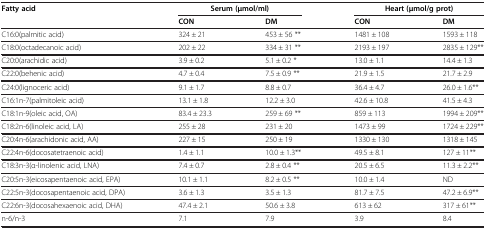
<table><thead><tr><td rowspan="2"><b>Fatty acid</b></td><td colspan="2"><b>Serum (μmol/ml)</b></td><td colspan="2"><b>Heart (μmol/g prot)</b></td></tr><tr><td><b>CON</b></td><td><b>DM</b></td><td><b>CON</b></td><td><b>DM</b></td></tr></thead><tbody><tr><td>C16:0(palmitic acid)</td><td>324 ± 21</td><td>453 ± 56 **</td><td>1481 ± 108</td><td>1593 ± 118</td></tr><tr><td>C18:0(octadecanoic acid)</td><td>202 ± 22</td><td>334 ± 31 **</td><td>2193 ± 197</td><td>2835 ± 129**</td></tr><tr><td>C20:0(arachidic acid)</td><td>3.9 ± 0.2</td><td>5.1 ± 0.2 *</td><td>13.0 ± 1.1</td><td>14.4 ± 1.3</td></tr><tr><td>C22:0(behenic acid)</td><td>4.7 ± 0.4</td><td>7.5 ± 0.9 **</td><td>21.9 ± 1.5</td><td>21.7 ± 2.9</td></tr><tr><td>C24:0(lignoceric acid)</td><td>9.1 ± 1.7</td><td>8.8 ± 0.7</td><td>36.4 ± 4.7</td><td>26.0 ± 1.6**</td></tr><tr><td>C16:1n-7(palmitoleic acid)</td><td>13.1 ± 1.8</td><td>12.2 ± 3.0</td><td>42.6 ± 10.8</td><td>41.5 ± 4.3</td></tr><tr><td>C18:1n-9(oleic acid, OA)</td><td>83.4 ± 23.3</td><td>259 ± 69 **</td><td>859 ± 113</td><td>1994 ± 209**</td></tr><tr><td>C18:2n-6(linoleic acid, LA)</td><td>255 ± 28</td><td>231 ± 20</td><td>1473 ± 99</td><td>1724 ± 229**</td></tr><tr><td>C20:4n-6(arachidonic acid, AA)</td><td>227 ± 15</td><td>250 ± 19</td><td>1330 ± 130</td><td>1318 ± 145</td></tr><tr><td>C22:4n-6(docosatetraenoic acid)</td><td>1.4 ± 1.1</td><td>10.0 ± 1.3**</td><td>49.5 ± 8.1</td><td>127 ± 11**</td></tr><tr><td>C18:3n-3(α-linolenic acid, LNA)</td><td>7.4 ± 0.7</td><td>2.8 ± 0.4 **</td><td>20.5 ± 6.5</td><td>11.3 ± 2.2**</td></tr><tr><td>C20:5n-3(eicosapentaenoic acid, EPA)</td><td>10.1 ± 1.1</td><td>8.2 ± 0.5 **</td><td>10.0 ± 1.4</td><td>ND</td></tr><tr><td>C22:5n-3(docosapentaenoic acid, DPA)</td><td>3.6 ± 1.3</td><td>3.5 ± 1.3</td><td>81.7 ± 7.5</td><td>47.2 ± 6.9**</td></tr><tr><td>C22:6n-3(docosahexaenoic acid, DHA)</td><td>47.4 ± 2.1</td><td>50.6 ± 3.8</td><td>613 ± 62</td><td>317 ± 61**</td></tr><tr><td>n-6/n-3</td><td>7.1</td><td>7.9</td><td>3.9</td><td>8.4</td></tr></tbody></table>